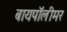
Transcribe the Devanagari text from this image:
बायपॉलीमर